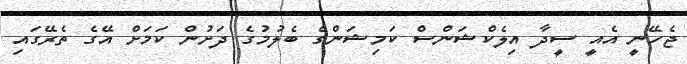
ޖެހޭނީ އެއީ ސީދާ އިލެކްޝަންސް ކަމިޝަންގެ ބެލުމުގެ ދަށުން ކަމަށް އޭގެ ތެރޭގައި